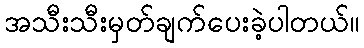
အသီးသီးမှတ်ချက်ပေးခဲ့ပါတယ်။